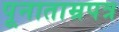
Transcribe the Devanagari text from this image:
पूनाताम्रपत्र